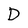
Character: D